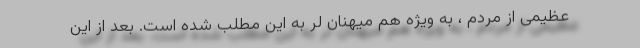
عظیمی از مردم ، به ویژه هم میهنان لر به این مطلب شده است. بعد از این